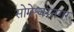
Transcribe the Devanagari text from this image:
सोमेश्वरनगर